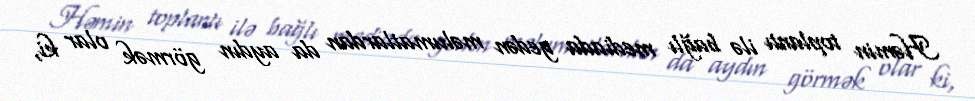
Həmin toplantı ilə bağlı mediada gedən məlumatlardan da aydın görmək olar ki,